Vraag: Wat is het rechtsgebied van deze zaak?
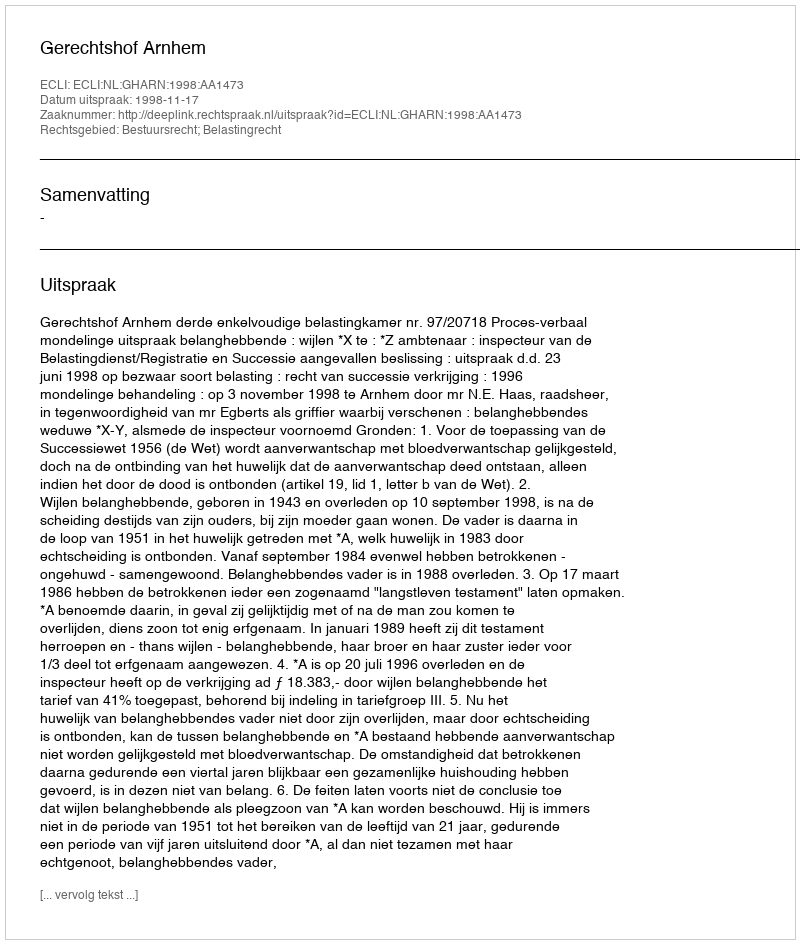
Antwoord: Bestuursrecht; Belastingrecht